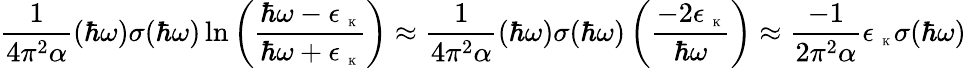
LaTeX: \frac{1}{4\pi^{2}\alpha}(\hbar\omega)\sigma(\hbar\omega)\ln{\left(\frac{\hbar\omega-\epsilon_{\mathrm{~\tiny~K~}}}{\hbar\omega+\epsilon_{\mathrm{~\tiny~K~}}}\right)}\approx\frac{1}{4\pi^{2}\alpha}(\hbar\omega)\sigma(\hbar\omega)\left(\frac{-2\epsilon_{\mathrm{~\tiny~K~}}}{\hbar\omega}\right)\approx\frac{-1}{2\pi^{2}\alpha}\epsilon_{\mathrm{~\tiny~K~}}\sigma(\hbar\omega)